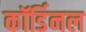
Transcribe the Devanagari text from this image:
कॉर्डिनल